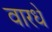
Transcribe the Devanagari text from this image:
वारधे